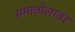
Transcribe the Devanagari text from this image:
समातोलावर